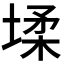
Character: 𭏋